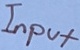
Text: Input